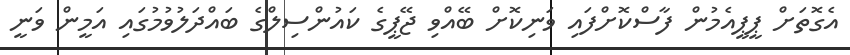
އެގޮތަށް ޕީޕީއެމުން ފާސްކޮށްފައި ވަނިކޮށް ބޭއްވި ޖޭޕީގެ ކައުންސިލްގެ ބައްދަލުވުމުގައި އަމީން ވަނީ